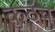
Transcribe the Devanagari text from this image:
कुठंच